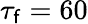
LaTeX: \tau_{\mathsf{f}}=60